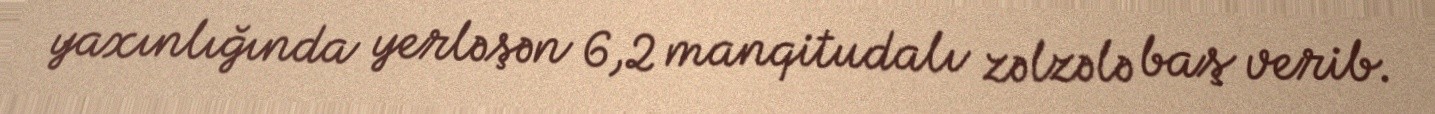
yaxınlığında yerləşən 6,2 manqitudalı zəlzələ baş verib.